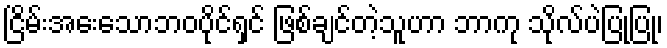
ငြိမ်းအေးသောဘဝပိုင်ရှင် ဖြစ်ချင်တဲ့သူဟာ ဘာကု သိုလ်ပဲပြုပြု၊